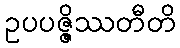
ဥပပဇ္ဇိဿတီတိ